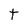
Character: t